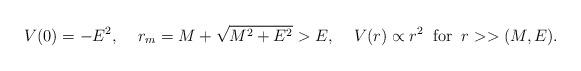
LaTeX: \begin{align*}V(0)=-E^2,\;\;\;\;r_m=M+\sqrt{M^2+E^2}>E,\;\;\;\;V(r)\propto r^2\;\;\mbox{for}\;\;r>>(M,E).\end{align*}